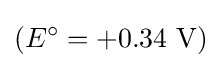
(E^{\circ }=+0.34{\text{ V}})